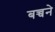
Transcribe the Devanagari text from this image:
बच्चने